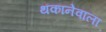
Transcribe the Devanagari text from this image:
थकानेवाला